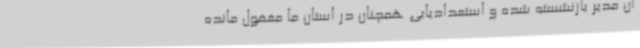
آن مدیر بازنشسته شده و استعدادیابی همچنان در استان ما مغفول مانده